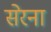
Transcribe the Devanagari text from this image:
सेरना